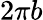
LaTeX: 2\pi b